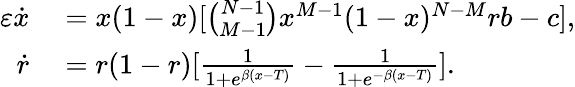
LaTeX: \begin{array}{rl}{\varepsilon\dot{x}}&{{}=x(1-x)[\binom{N-1}{M-1}x^{M-1}(1-x)^{N-M}rb-c],}\\ {\dot{r}}&{{}=r(1-r)[\frac{1}{1+e^{\beta(x-T)}}-\frac{1}{1+e^{-\beta(x-T)}}].}\end{array}